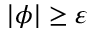
| \phi | \geq \varepsilon